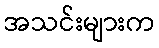
အသင်းများက